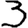
Digit: 3